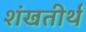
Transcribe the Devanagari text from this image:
शंखतीर्थ